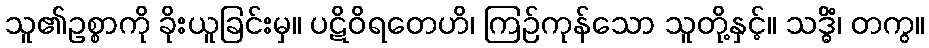
သူ၏ဥစ္စာကို ခိုးယူခြင်းမှ။ ပဋိဝိရတေဟိ၊ ကြဉ်ကုန်သော သူတို့နှင့်။ သဒ္ဓိံ၊ တကွ။